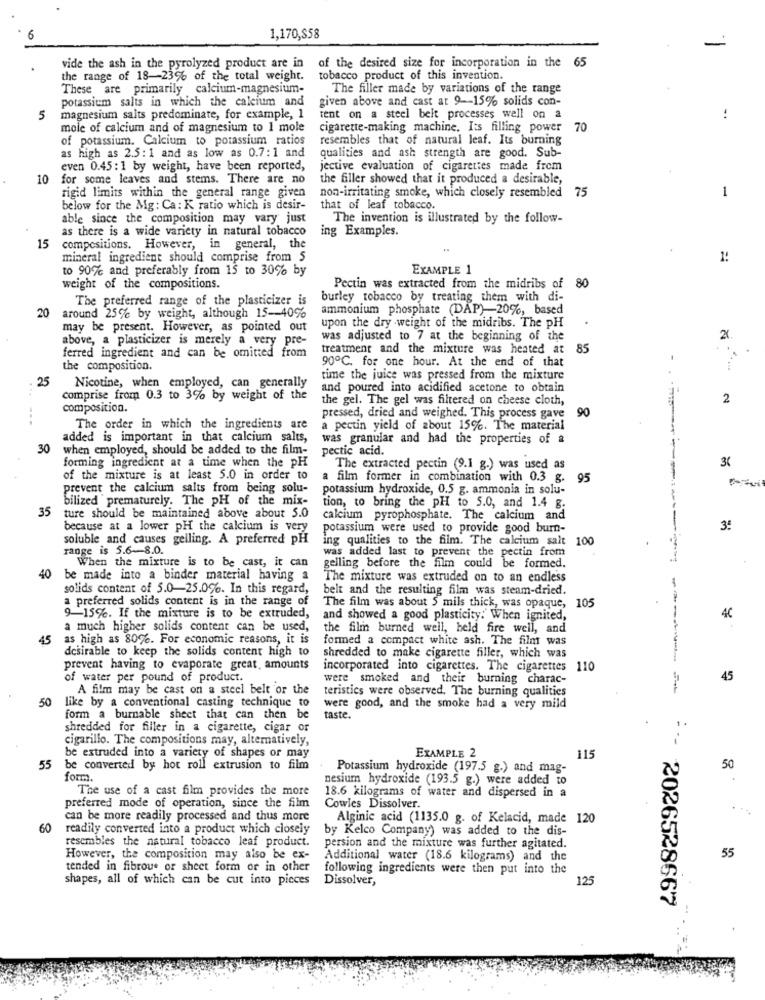
6
1,170,858
-
vide the ash in the pyrolyzed product are in of the desired size for incorporation in the 65
the range of 18-23% of the total weight.
tobacco product of this invention.
These are primarily calcium-magnesium-
The filler made by variations of the range
potassium salts in which the calcium and
given above and cast at 9-15% solids con-
5
magnesium salts predominate, for example, 1
tent on a steel belt processes well on a
mole of calcium and of magnesium to I mole
cigarette-making machine. Its filling power
70
of potassium. Calcium to potassium ratios
resembles that of natural leaf. Its burning
as high as 2.5:1 and as low as 0.7:1 and
qualities and ash strength are good. Sub-
even 0.45: 1 by weight, have been reported,
jective evaluation of cigarettes made from
10
for some leaves and stems. There are no
the filler showed that it produced a desirable,
non-irritating smoke, which closely resembled 75
rigid limits within the general range given
1
below for the Mg : Ca: K ratio which is desir-
that of leaf tobacco.
able since the composition may vary just
The invention is illustrated by the follow-
as there is a wide variety in natural tobacco
ing Examples.
15
compositions. However, in general, the
mineral ingredient should comprise from S
1:
to 90% and preferably from 15 to 30% by
EXAMPLE 1
weight of the compositions.
Pectin was extracted from the midribs of 80
The preferred range of the plasticizer is
burley tobacco by treating them with di-
20
ammonium phosphate (DAP)-20%, based
around 25% by weight, although 15 -- 40%
may be present. However, as pointed out
upon the dry weight of the midribs. The pH
above, a plasticizer is merely a very pre-
was adjusted to 7 at the beginning of the
ferred ingredient and can be omitted from
treatment and the mixture was heated at
85
the composition.
90℃. for one hour. At the end of that
25
time the juice was pressed from the mixture
Nicotine, when employed, can generally
and poured into acidified acetone to obtain
...
comprise from 0.3 to 3% by weight of the
the gel. The gel was filtered on cheese cloth,
2
composition.
90
pressed, dried and weighed. This process gave
The order in which the ingredients are
a pectin yield of about 15%. The material
added is important in that calcium salts,
was granular and had the properties of a
30
when employed, should be added to the film-
pectic acid.
--
forming ingredient at a time when the pH
The extracted pectin (9.1 g.) was used as
of the mixture is at least 5.0 in order to
a film former in combination with 0.3 g.
95
prevent the calcium salts from being solu-
potassium hydroxide, 0.5 g. ammonia in solu-
bilized prematurely. The pH of the mix-
35
tion, to bring the pH to 5.0, and 1.4 g.
ture should be maintained above about 5.0
calcium pyrophosphate. The calcium and
because at a lower pH the calcium is very
potassium were used to provide good burn-
3:
soluble and causes gelling. A preferred pH
ing qualities to the film. The calcium salt 100
range is 5.6-8.0.
was added last to prevent the pectin from
When the mixture is to be cast, it can
gelling before the film could be formed.
40
be made into a binder material having a
The mixture was extruded on to an endless
solids content of 5.0-25.0%. In this regard,
belt and the resulting film was steam-dried.
a preferred solids content is in the range of
The film was about 5 mils thick, was opaque, 105
9-15%. If the mixture is to be extruded,
and showed a good plasticity: When ignited,
4€
a much higher solids content can be used,
the film burned well, held fire well, and
45
as high as 8096. For economic reasons, it is
formed a compact white ash. The film was
desirable to keep the solids content high to
shredded to make cigarette filler, which was
prevent having to evaporate great, amounts
incorporated into cigarettes. The cigarettes 110
of water per pound of product.
were smoked and their burning charac-
45
A film may be cast on a steel belt or the
teristics were observed. The burning qualities
50
like by a conventional casting technique to
were good, and the smoke had a very mild
form a burnable sheet that can then be
taste.
shredded for filler in a cigarette, cigar or
cigarillo. The compositions may, alternatively,
be extruded into a variety of shapes or may
EXAMPLE 2
115
55
be converted by hot roll extrusion to film
Potassium hydroxide (197.5 g.) and mag-
50
form.
nesium hydroxide (193.5 g.) were added to
The use of a cast film provides the more
18.6 kilograms of water and dispersed in a
preferred mode of operation, since the film
Cowles Dissolver.
can be more readily processed and thus more
Alginic acid (1135.0 g. of Kelacid, made 120
60
readily converted into a product which closely
by Kelco Company) was added to the dis-
resembles the natural tobacco leaf product.
persion and the mixture was further agitated.
55
However, the composition may also be ex-
Additional water (18.6 kilograms) and the
tended in fibrous or sheet form or in other
following ingredients were then put into the
shapes, all of which can be cut into pieces
Dissolver,
125
**- 2026528667